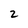
Character: 2